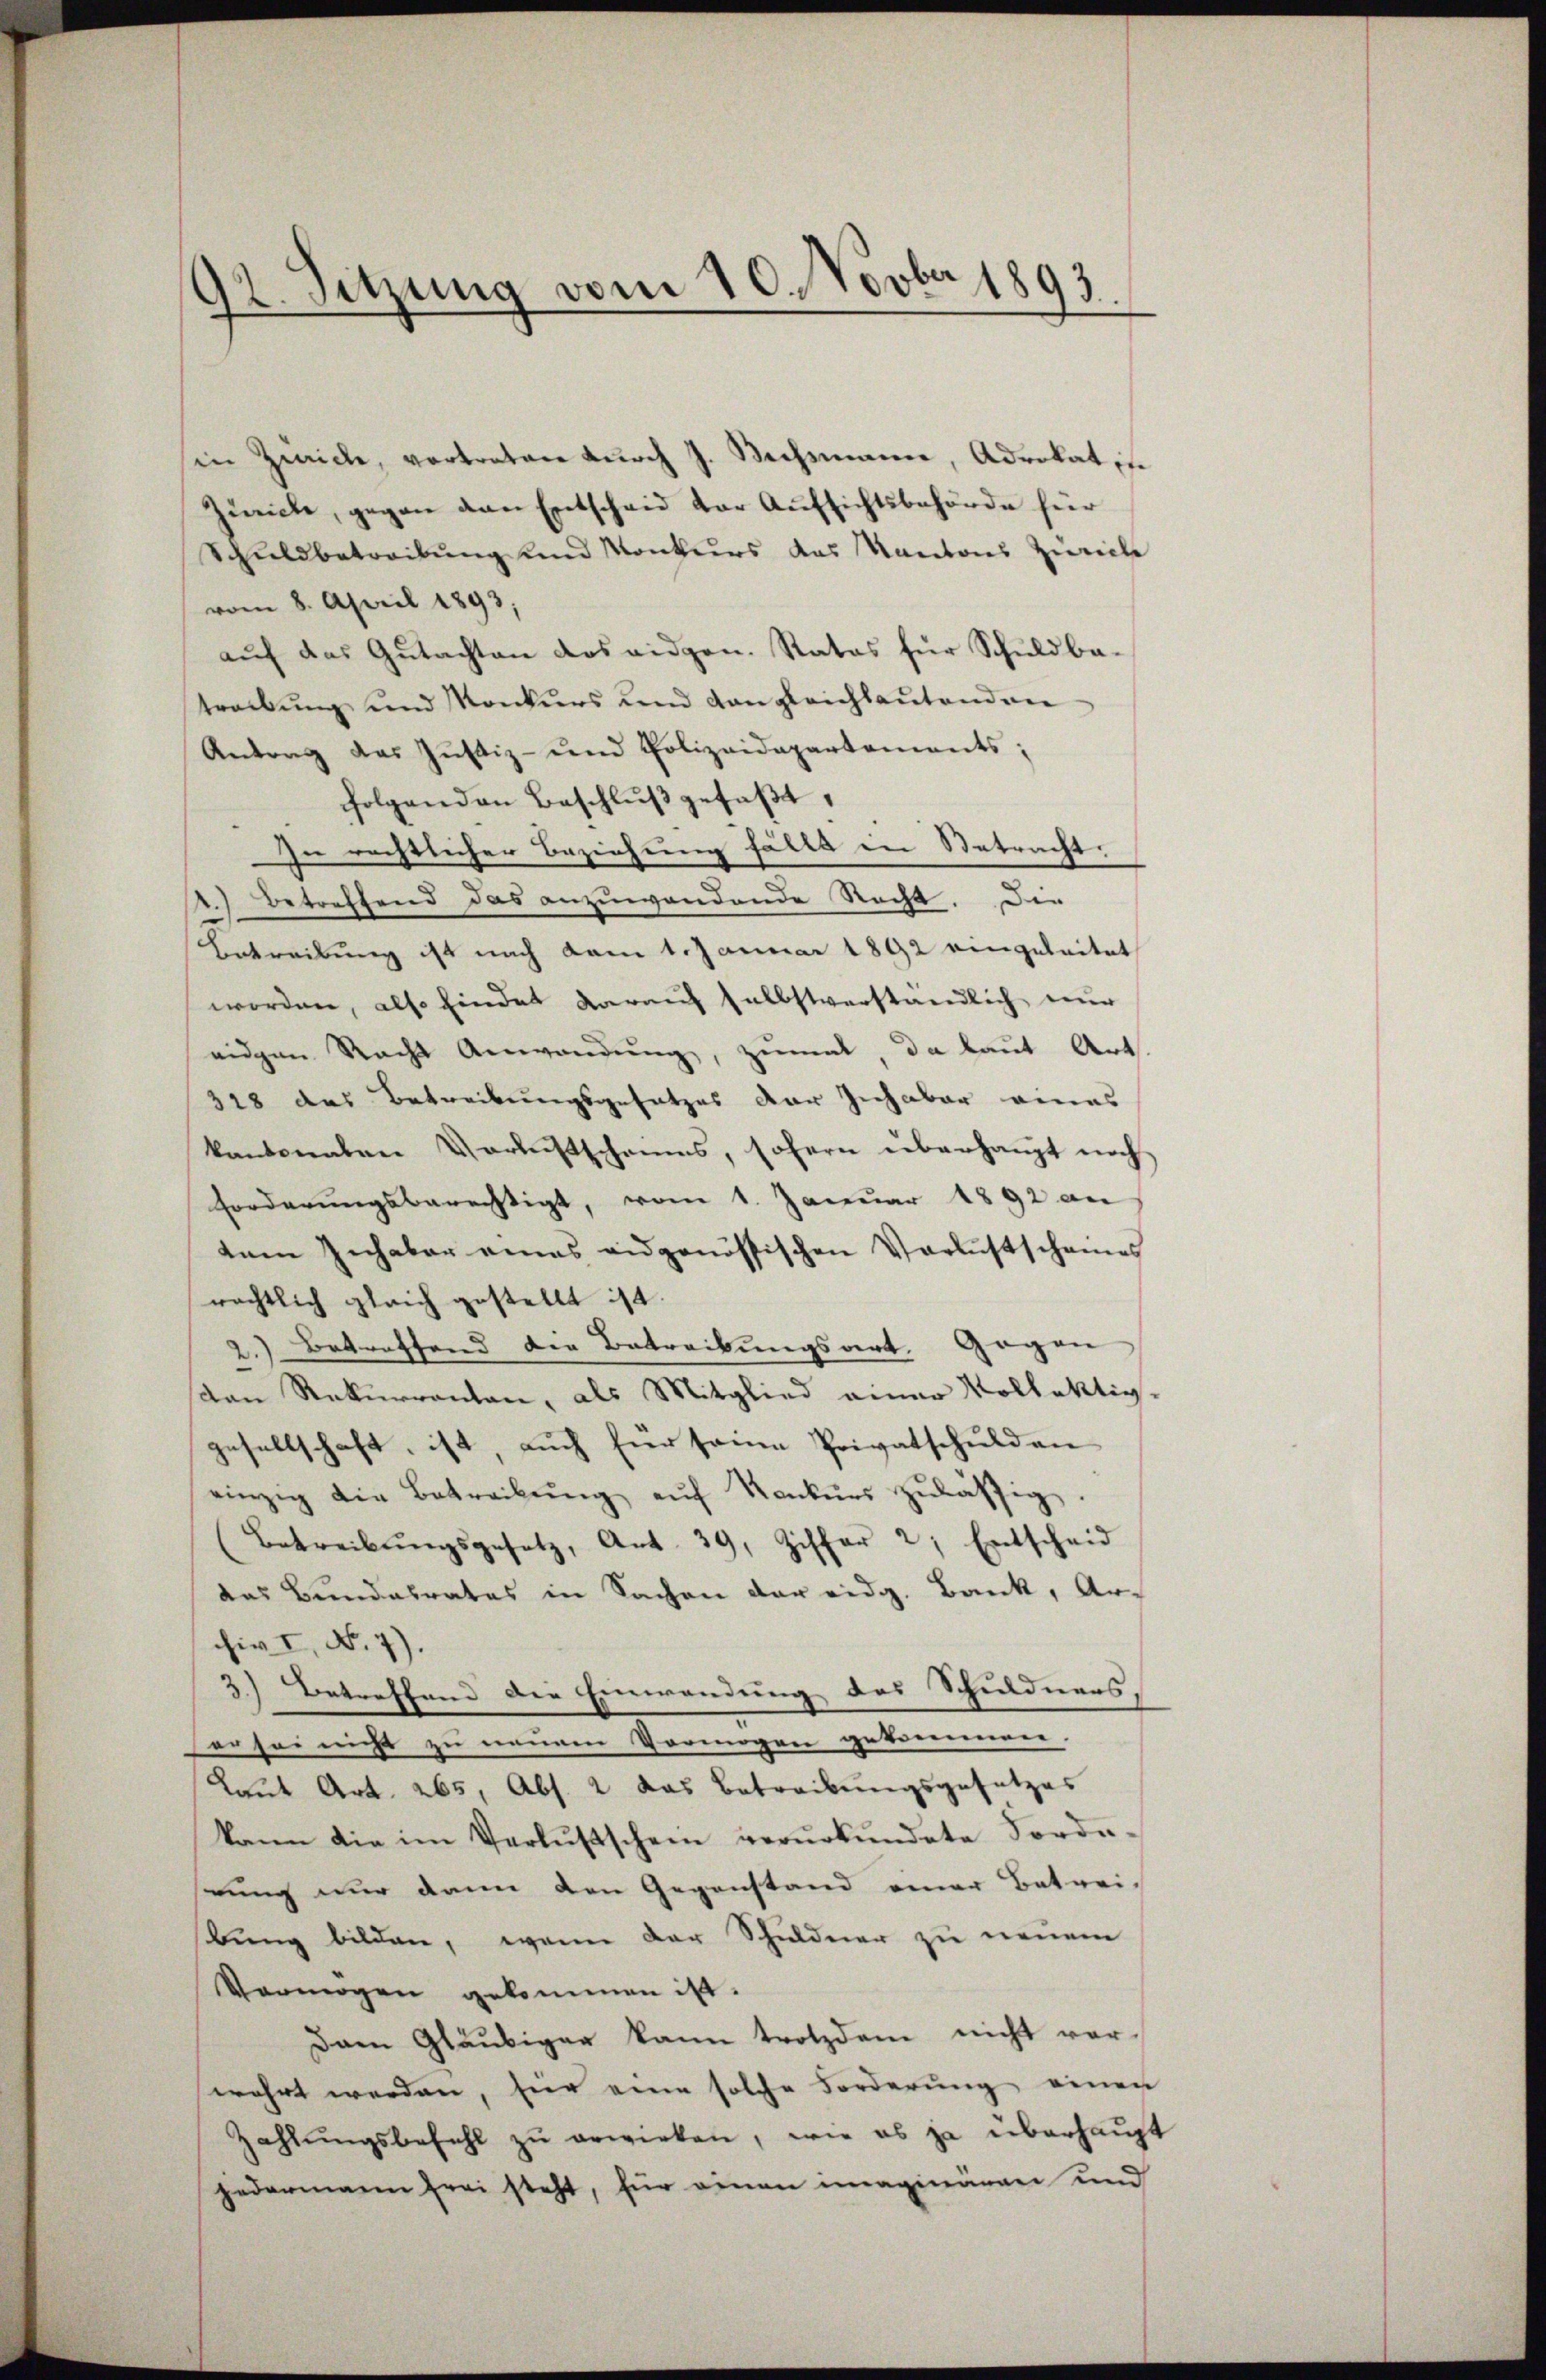
92. Sitzung vom 10. Novber 1893

sin Zwicke, vortreten durch J. Wechsmann, Advokat in
Zürich, gegen den Entscheid der Aufsichtsbehörde für
Schuldbetreibŭng und Konkurs das Kantons Zürich
vom 8. April 1893,
auf das Gutachten das eidgen. Rates für Schuldbatreibung und Konkurs und Gangleichlautenden
Antrag das Jŭstiz- und Polizeidepartements;
folgenden Beschlŭβ gefaβt,
Zu rechtlicher Beziehung fällt in Netracht.
1.) Betreffend das anzuwendende Recht. Die
Betreibung ist nach vom 1. Januar 1892 eingeleitet
worden, also findet darauf selbstverständlich nur
eidgen Nacht Anwendung, zumal, da laut Art
318 des Betreibungsgesetzes der sich aber eines
kantonalen Verlustscheins, sofern überhaupt noch
forderungsberechtigt, vom 1. Januar 1892 an
tem Inhaber eines eidgenössischen Verlustschames
rächtlich gleich gestellt ist.
2.) Betreffend die Betreibungsart. Gegen
den Rekurrenten, als Mitglied einer Vollektig-
gesellschaft, ist, auch für seine Privatschulden
einzig die Betreibŭng aŭf Konkŭrs zulässig.
Betreibŭngsgesetz, Art. 39, Ziffer 2, Entscheid
das Bundesrates in Sachen der eidg. Bank, Ar-
chiv I, No. 7).
3.) Betreffend die Einwendung des Schuldners,
er sei nicht zu neunen Vermögen gekommenen.
Laut Art. 265, Abs. 2 das Betreibungsgesetzes
kann die im Verlustschein verŭrkŭndete Forderung nur dann den Gegenstand einer Betrei-
bung bilden, wenn der Schuldner zu neuem
Vermögen gekommen ist.
Dan Gläubiger kann trotzdem nicht vor-
wahrt werden, hier eine solche Forderung einen
Zahlŭngsbefehl zŭ erwirken, wie es ja überhaupt
jedermann frei steht, für einen imaginären und